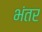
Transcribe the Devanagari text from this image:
भंतर